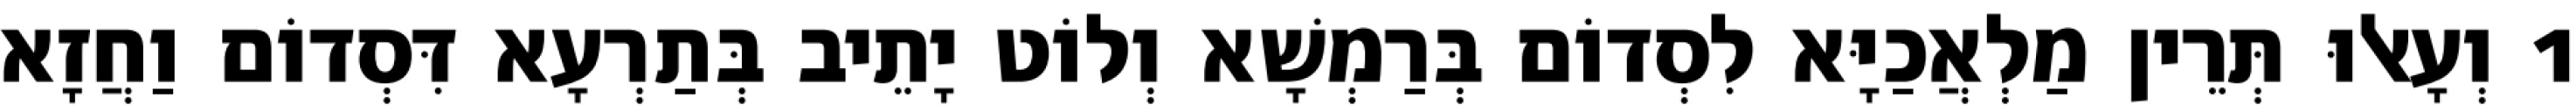
1 וְעָאלוּ תְּרֵין מַלְאֲכַיָּא לִסְדוֹם בְּרַמְשָׁא וְלוֹט יָתֵיב בְּתַרְעָא דִּסְדוֹם וַחֲזָא